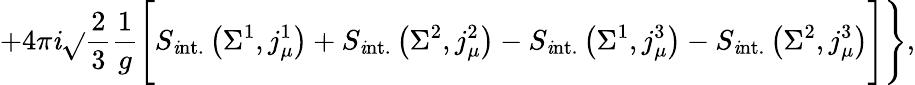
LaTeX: +4\pi\mathit{i}\sqrt{}{{\frac{2}{3}}}\frac{{1}}{{g}}\Biggl[S_{\mathrm{{\mathit{i}nt.}}}\left(\Sigma^{1},j_{\mu}^{1}\right)+S_{\mathrm{{\mathit{i}nt.}}}\left(\Sigma^{2},j_{\mu}^{2}\right)-S_{\mathrm{{\mathit{i}nt.}}}\left(\Sigma^{1},j_{\mu}^{3}\right)-S_{\mathrm{{\mathit{i}nt.}}}\left(\Sigma^{2},j_{\mu}^{3}\right)\Biggr]\Biggr\} ,